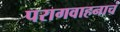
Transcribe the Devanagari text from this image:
परागवाहनाचं